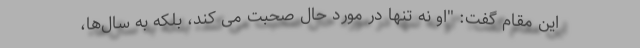
این مقام گفت: "او نه تنها در مورد حال صحبت می کند، بلکه به سال‌ها،